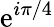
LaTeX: \mathrm{e}^{i\pi/4}